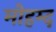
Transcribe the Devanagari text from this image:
मोहम्द